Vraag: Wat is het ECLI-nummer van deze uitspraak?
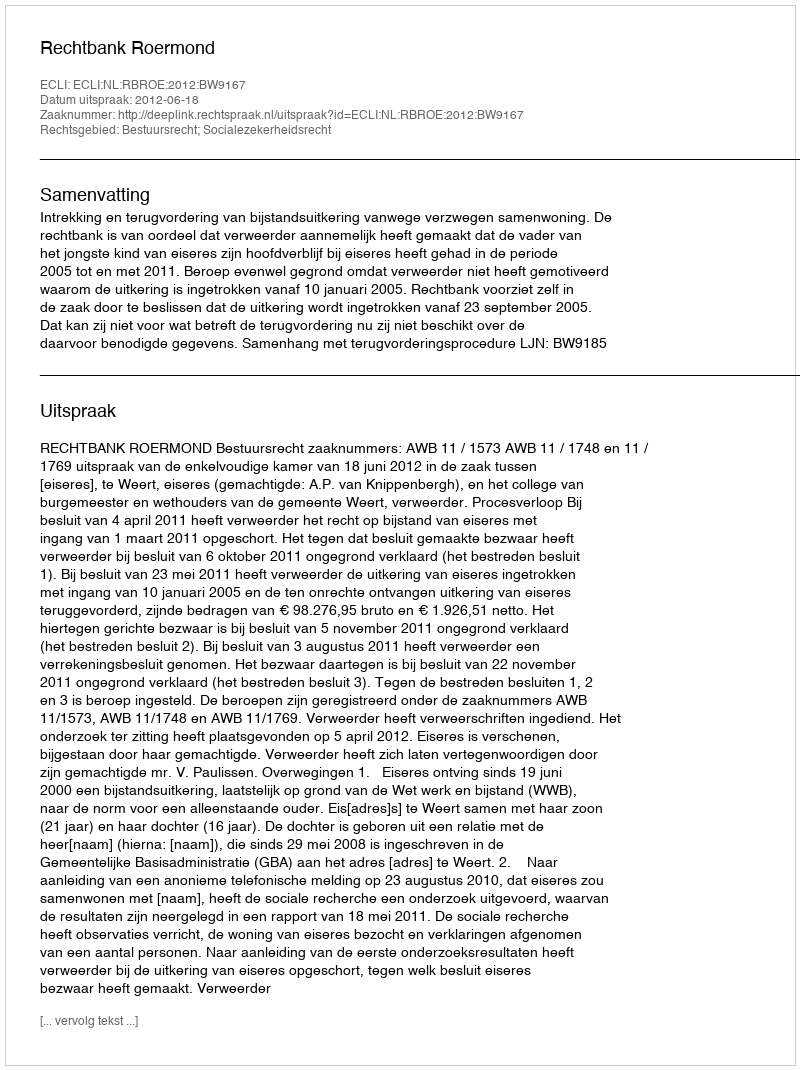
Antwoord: ECLI:NL:RBROE:2012:BW9167